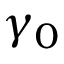
\gamma _ { 0 }